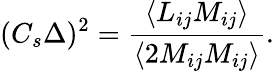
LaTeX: (C_{s}\Delta)^{2}=\frac{\langle L_{ij}M_{ij}\rangle}{\langle 2M_{ij}M_{ij}\rangle}.